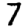
Digit: 7